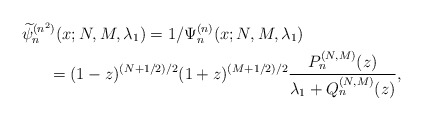
\begin{gather*} \widetilde{\psi }_{n}^{( n^{2}) }(x;N,M,\lambda _{1}) =1/\Psi _{n}^{(n) }(x;N,M,\lambda _{1}) \\\hphantom{\widetilde{\psi }_{n}^{( n^{2}) }(x;N,M,\lambda _{1})}{}=(1-z) ^{( N+1/2) /2}(1+z) ^{(M+1/2) /2}\frac{P_{n}^{(N,M) }(z) }{\lambda _{1}+Q_{n}^{(N,M) }(z) },\end{gather*}